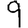
Digit: 9